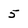
Character: 5